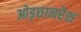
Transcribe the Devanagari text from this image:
ओड़छानरेश